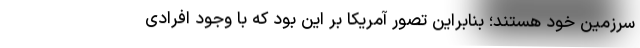
سرزمین خود هستند؛ بنابراین تصور آمریکا بر این بود که با وجود افرادی